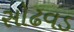
સોઢવડ